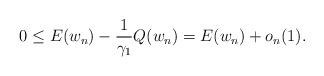
LaTeX: \begin{align*}0 \leq E(w_n)-\frac{1}{\gamma_1}Q(w_n)=E(w_n) +o_n(1).\end{align*}